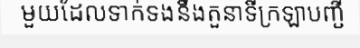
មួយដែលទាក់ទងនឹងតួនាទីក្រឡាបញ្ជី